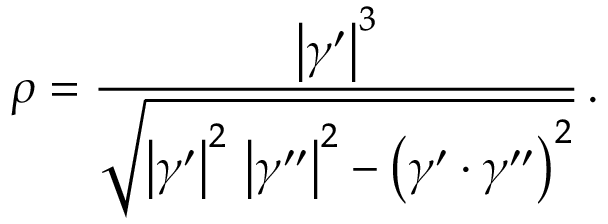
\rho = { \frac { \left| { \boldsymbol { \gamma } } ^ { \prime } \right| ^ { 3 } } { \sqrt { \left| { \boldsymbol { \gamma } } ^ { \prime } \right| ^ { 2 } \, \left| { \boldsymbol { \gamma } } ^ { \prime \prime } \right| ^ { 2 } - \left( { \boldsymbol { \gamma } } ^ { \prime } \cdot { \boldsymbol { \gamma } } ^ { \prime \prime } \right) ^ { 2 } } } } \, .